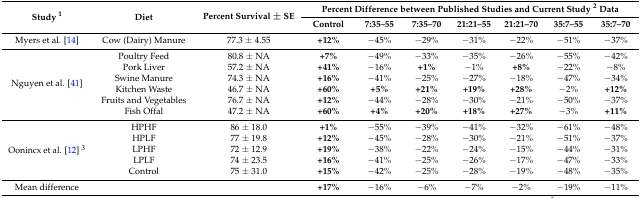
<table><thead><tr><td rowspan="2"><b>Study <sup>1</sup></b></td><td rowspan="2"><b>Diet</b></td><td rowspan="2"><b>Percent Survival ± SE</b></td><td colspan="7"><b>Percent Difference between Published Studies and Current Study <sup>2</sup> Data</b></td></tr><tr><td><b>Control</b></td><td><b>7:35–55</b></td><td><b>7:35–70</b></td><td><b>21:21–55</b></td><td><b>21:21–70</b></td><td><b>35:7–55</b></td><td><b>35:7–70</b></td></tr></thead><tbody><tr><td>Myers et al. [14]</td><td>Cow (Dairy) Manure</td><td>77.3 ± 4.55</td><td><b>+12%</b></td><td>−45%</td><td>−29%</td><td>−31%</td><td>−22%</td><td>−51%</td><td>−37%</td></tr><tr><td rowspan="6">Nguyen et al. [41]</td><td>Poultry Feed</td><td>80.8 ± NA</td><td><b>+7%</b></td><td>−49%</td><td>−33%</td><td>−35%</td><td>−26%</td><td>−55%</td><td>−42%</td></tr><tr><td>Pork Liver</td><td>57.2 ± NA</td><td><b>+41%</b></td><td>−16%</td><td><b>+1%</b></td><td>−1%</td><td><b>+8%</b></td><td>−22%</td><td>−8%</td></tr><tr><td>Swine Manure</td><td>74.3 ± NA</td><td><b>+16%</b></td><td>−41%</td><td>−25%</td><td>−27%</td><td>−18%</td><td>−47%</td><td>−34%</td></tr><tr><td>Kitchen Waste</td><td>46.7 ± NA</td><td><b>+60%</b></td><td><b>+5%</b></td><td><b>+21%</b></td><td><b>+19%</b></td><td><b>+28%</b></td><td>−2%</td><td><b>+12%</b></td></tr><tr><td>Fruits and Vegetables</td><td>76.7 ± NA</td><td><b>+12%</b></td><td>−44%</td><td>−28%</td><td>−30%</td><td>−21%</td><td>−50%</td><td>−37%</td></tr><tr><td>Fish Offal</td><td>47.2 ± NA</td><td><b>+60%</b></td><td><b>+4%</b></td><td><b>+20%</b></td><td><b>+18%</b></td><td><b>+27%</b></td><td>−3%</td><td><b>+11%</b></td></tr><tr><td rowspan="5">Oonincx et al. [12] <sup>3</sup></td><td>HPHF</td><td>86 ± 18.0</td><td><b>+1%</b></td><td>−55%</td><td>−39%</td><td>−41%</td><td>−32%</td><td>−61%</td><td>−48%</td></tr><tr><td>HPLF</td><td>77 ± 19.8</td><td><b>+12%</b></td><td>−45%</td><td>−28%</td><td>−30%</td><td>−21%</td><td>−51%</td><td>−37%</td></tr><tr><td>LPHF</td><td>72 ± 12.9</td><td><b>+19%</b></td><td>−38%</td><td>−22%</td><td>−24%</td><td>−15%</td><td>−44%</td><td>−31%</td></tr><tr><td>LPLF</td><td>74 ± 23.5</td><td><b>+16%</b></td><td>−41%</td><td>−25%</td><td>−26%</td><td>−17%</td><td>−47%</td><td>−33%</td></tr><tr><td>Control</td><td>75 ± 31.0</td><td><b>+15%</b></td><td>−42%</td><td>−25%</td><td>−28%</td><td>−19%</td><td>−48%</td><td>−35%</td></tr><tr><td>Mean difference</td><td></td><td></td><td><b>+17%</b></td><td>−16%</td><td>−6%</td><td>−7%</td><td>−2%</td><td>−19%</td><td>−11%</td></tr></tbody></table>